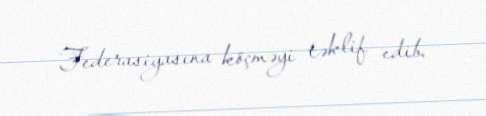
Federasiyasına köçməyi təklif edib.